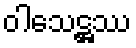
ဝါသေဋ္ဌဿ